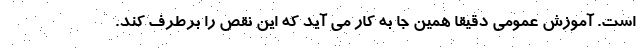
است. آموزش عمومی دقیقا همین جا به کار می آید که این نقص را برطرف کند.